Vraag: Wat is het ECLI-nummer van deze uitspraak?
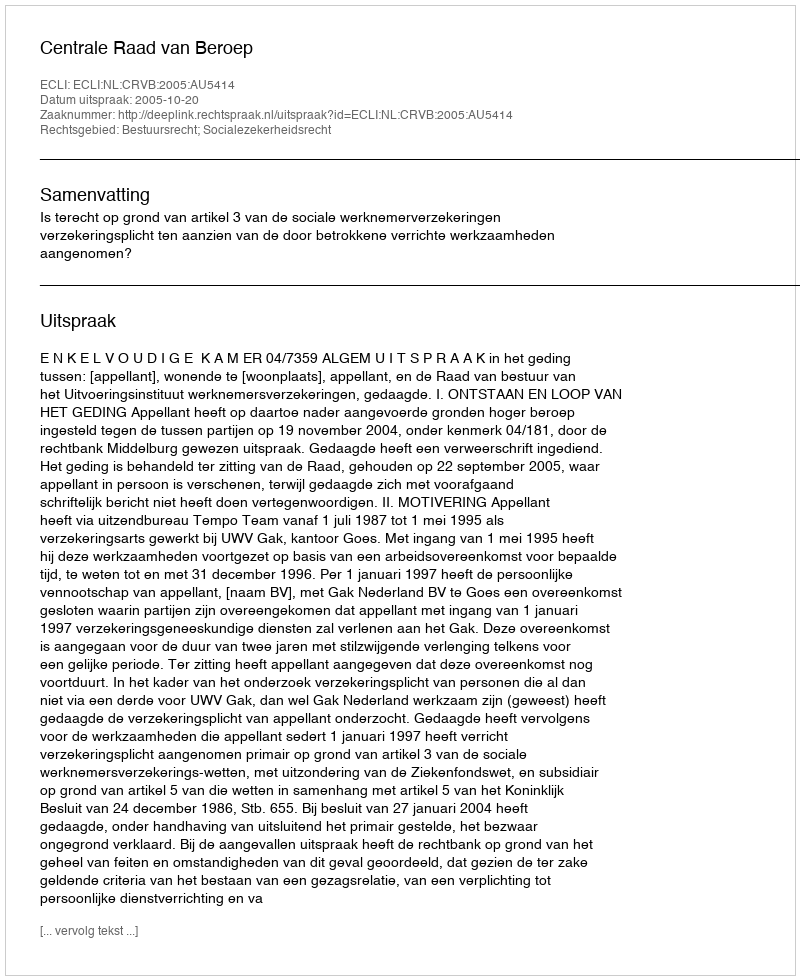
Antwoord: ECLI:NL:CRVB:2005:AU5414